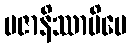
ပဇာနိဿာမိပေ